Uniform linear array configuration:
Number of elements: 48
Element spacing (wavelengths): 1
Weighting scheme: cosine
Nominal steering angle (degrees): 15
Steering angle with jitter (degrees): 13.735
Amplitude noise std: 0.05
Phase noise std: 0.05

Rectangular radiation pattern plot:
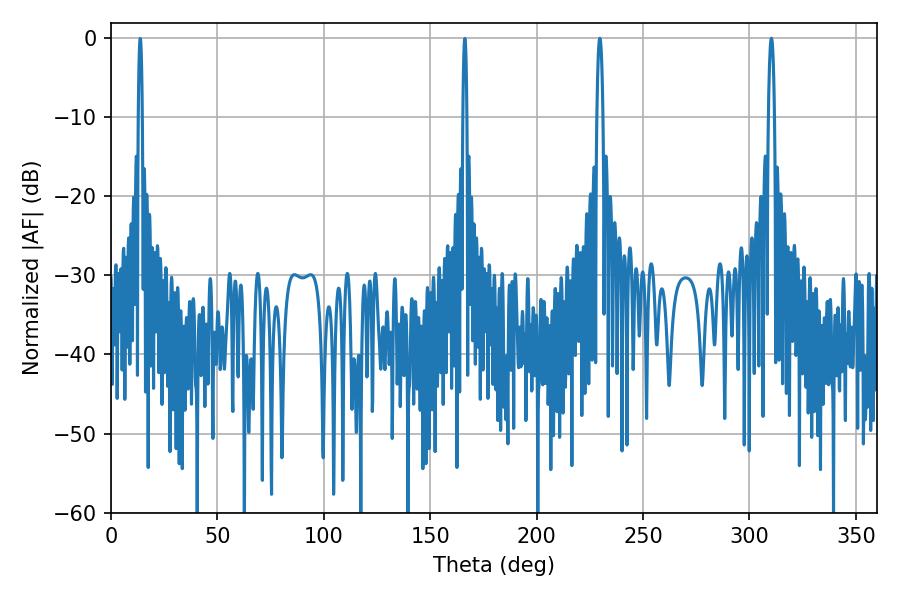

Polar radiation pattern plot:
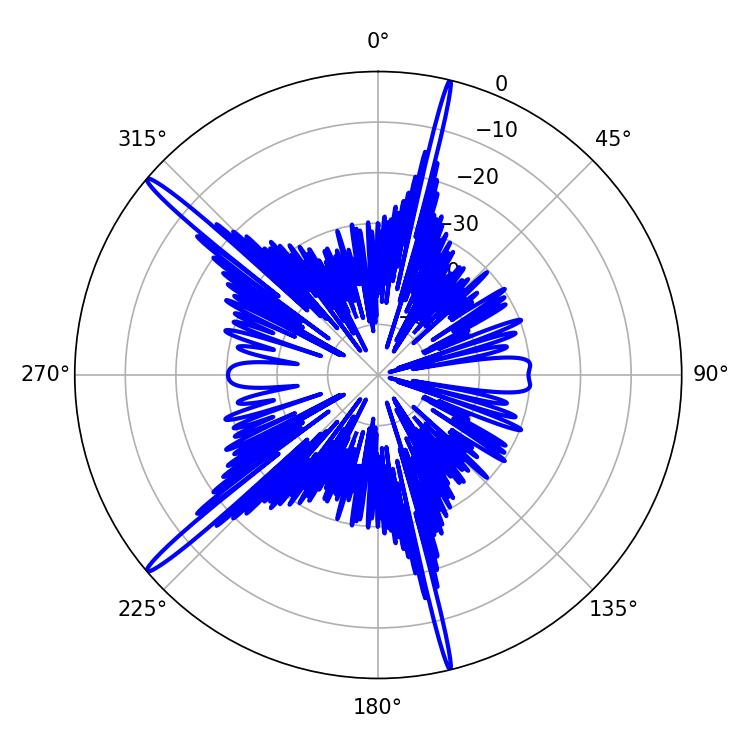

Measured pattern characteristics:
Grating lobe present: TRUE
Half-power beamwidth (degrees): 1.44
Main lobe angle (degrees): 229.68